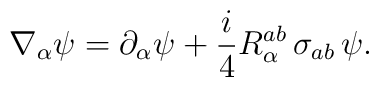
\nabla_\alpha \psi =    \partial_\alpha \psi + \frac i4 R_\alpha^{ab}\, \sigma_{ab}\, \psi.